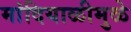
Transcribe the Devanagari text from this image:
मांदियाळीमुळे